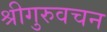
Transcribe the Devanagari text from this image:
श्रीगुरुवचन